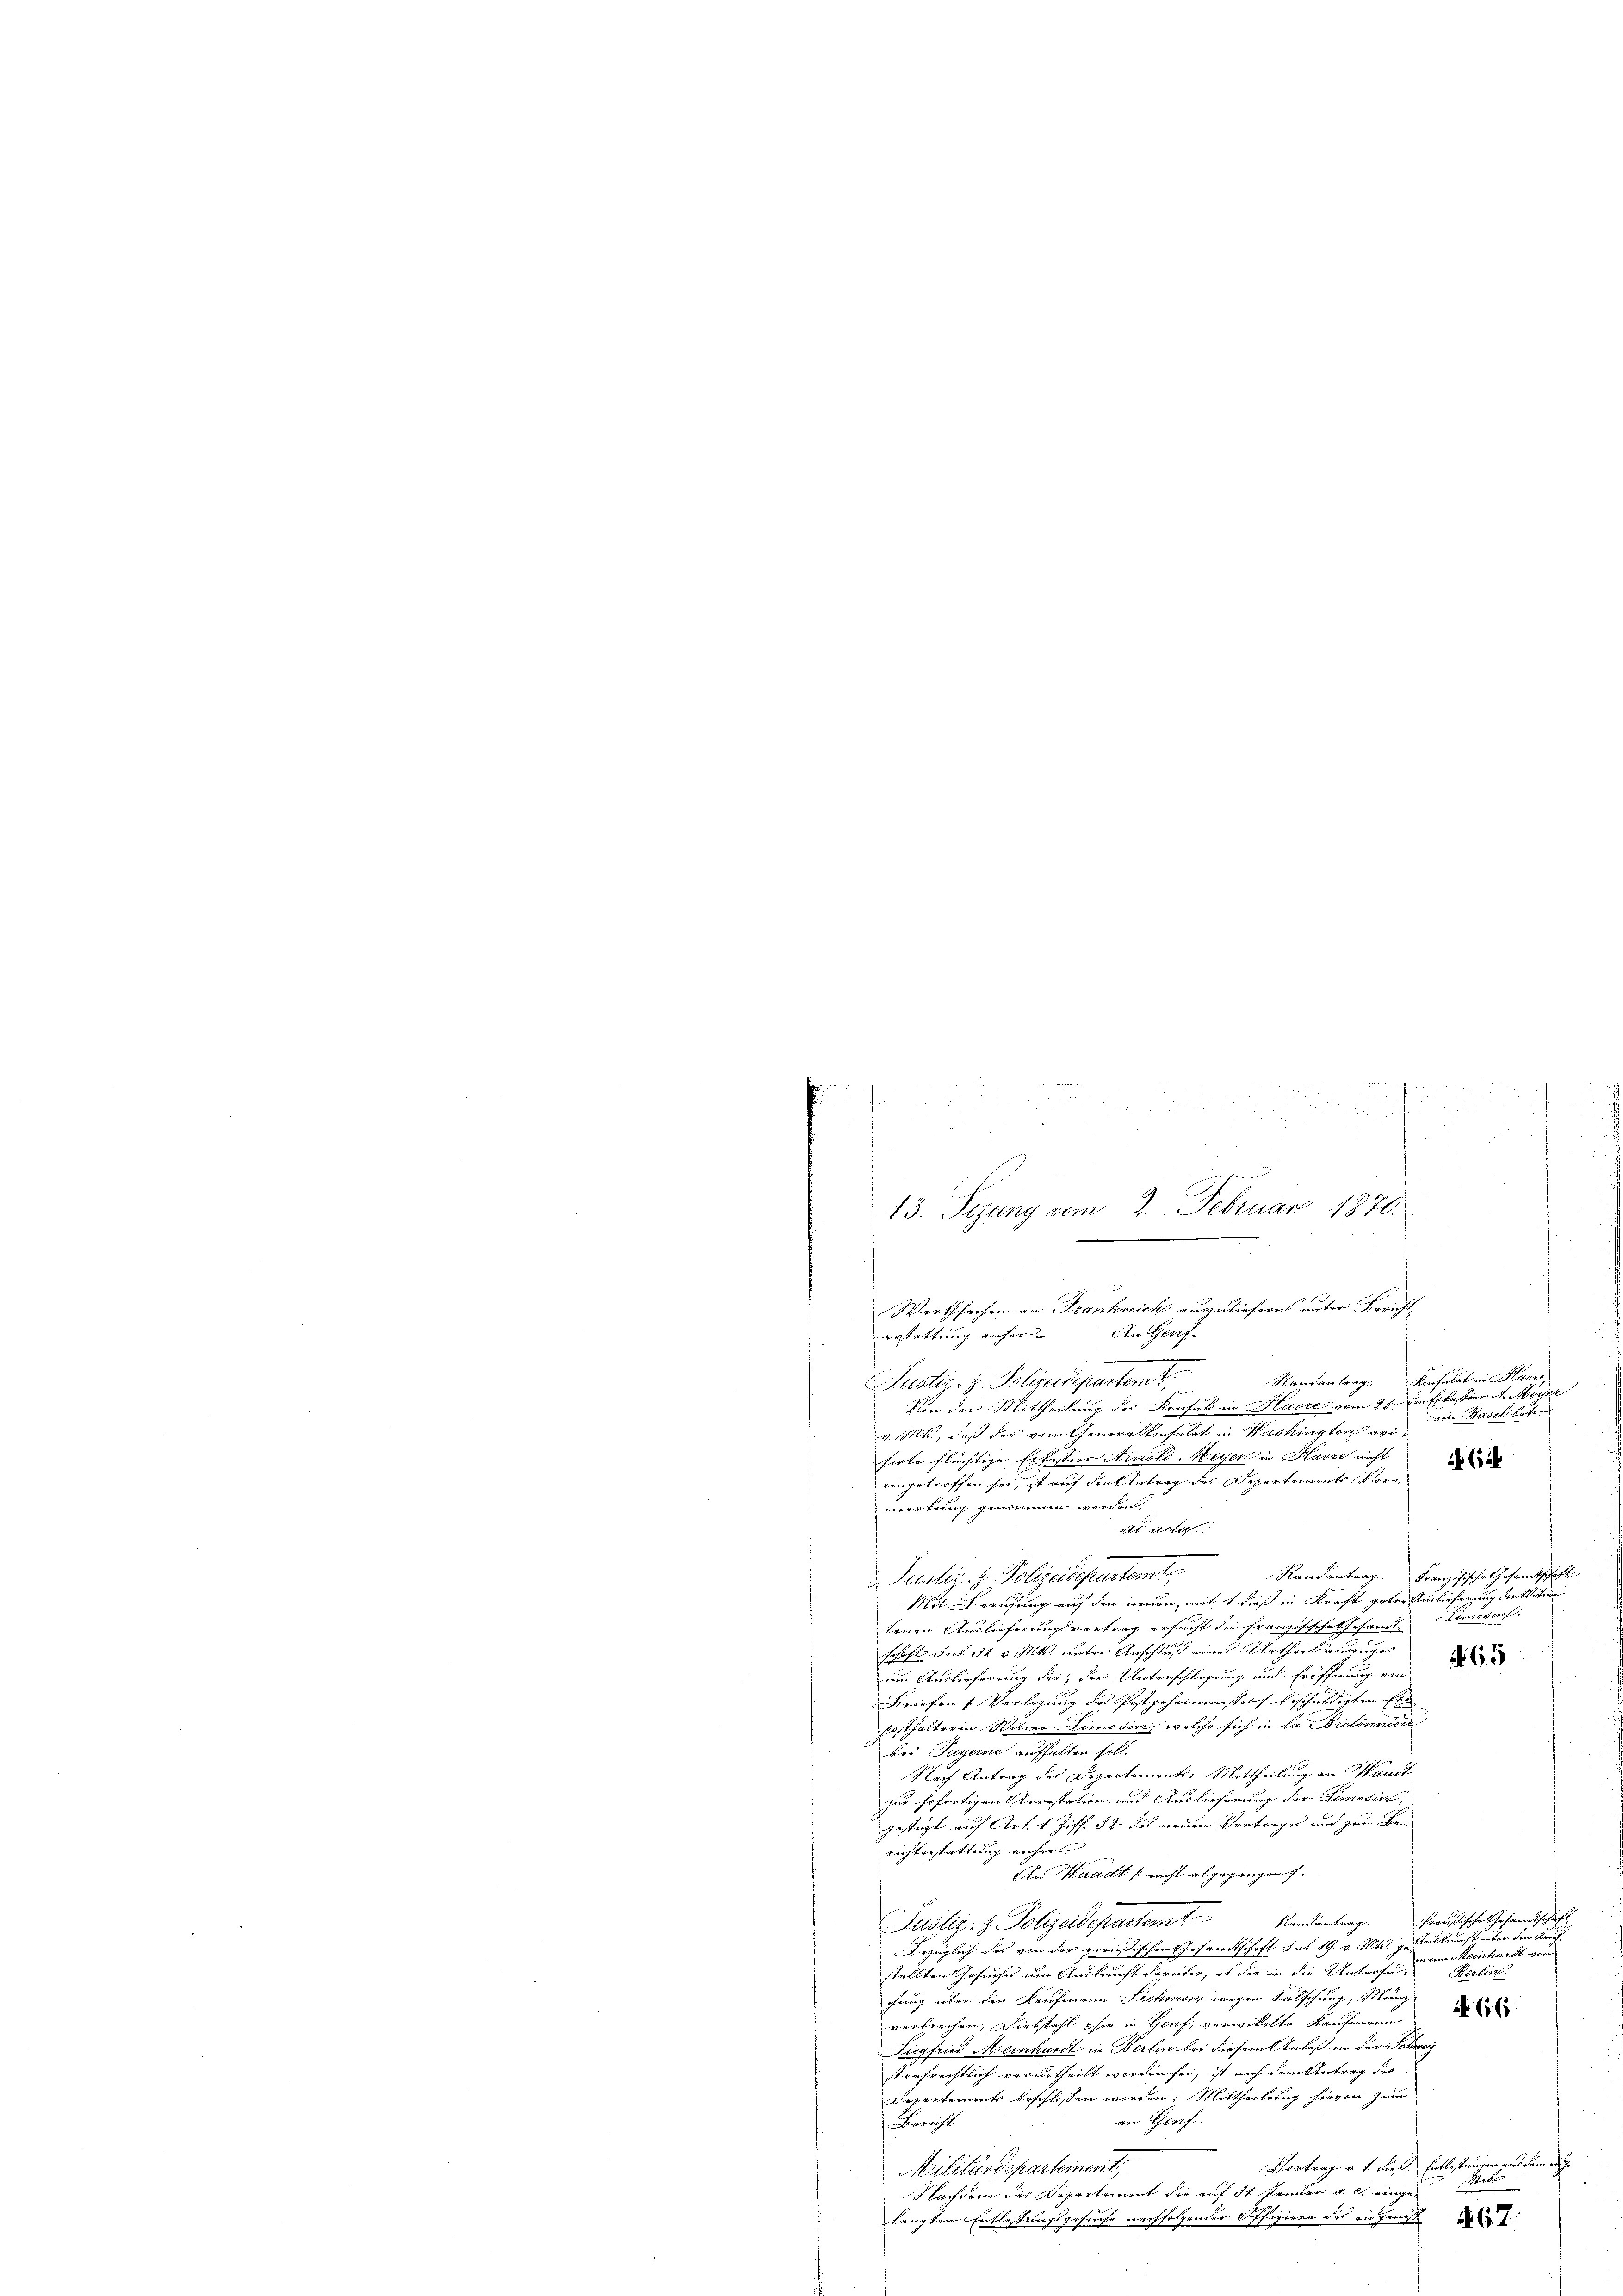
dn der
r
u
angesammend
13. Sizung vom 2. Februar 1870.
Werthsachen an Frankreich auszuliefern unter Bericht
An Genf.
erstattung aufer

.
Konsulat in Maure
Justiz- & Polizeidepartem
Randantrag
Von der Mittheilung der Konsuls in Havre vom 25. den Erkassier d. Meyer
von Basel betr.
v. Mts., daß der vom heiratenfelet in Washingtort ai
hirte flüchtige Erkassier Arnold Meyer in Havre nicht
 6
eingetroffen sei, ist auf den Antrag des Departements, vor
merkung genommen worden
Ad acta
.
Randantrag. Französisches Gesamtschaft
Justiz- & Polizeidepartem
Mit Berufung auf den neuen, mit 1 dieß in Kraft getreiterlieferung der Mitte
tenen Auslieferungsvertrag ersucht die Französische Gesamt Limoins.
schaft sub 3t v. Mts. unter Anschluß eines Urtheilanzuges
um Auslieferung der, der Unterschlagung und Eröffnung von
Briefen [Verlegung des Postgeheimmissors beschuldigten Ele- |
Costhalterin Witwe Limosin, welche sich in la retonniere
bei Payerne aufhalten soll.
Nach Antrag des Departements: Mittheilung an Waadt
zur Erfortigen Arrestation und Auslieferung der Limotin |
gesteht auf Art. 1 Ziff. 52 des neuen Vertrages und gen Be-
richterstattung aufer
An Waadt nicht abgegangen.
.
Preußische Gesandtschaf
Randantrag.
Justiz- & Polizeidepartemt
Bezüglich des von der preußischen Gesandtschaft aus 19. v. Mts. ge Auskunft über der Kaufwann Meinhardt von
stellten Gesuches um Auskunft darüber, ob der in die Untersu¬
Berlin.
hung über den Kaufmann Sichman wegen Fälschung, Münz
 61
verbrechen, diebstahl ehe in Genf, verwickelte Kaufmann
Siegfried Meinhardt in Berlin bei diesem Anlaß in der Schwei
trafrechtlich verurtheilt worden sei, ist nach dem Antrag des
Departements beschlossen worden. Mittheilung hievon zum
an Genf.
Bericht
Vortrag v. 1. dieß. Entlassungen aus dem rich¬
Militärdepartement
Stat.
Nachdem das Departement die auf 31 Januar a. c. eingelangten Entlassungsgesuche nachfolgender Pfaziere des eigenes

335

 152